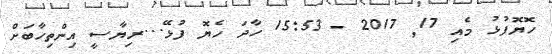
ހޮޔޮފުޅު މެއި 17